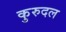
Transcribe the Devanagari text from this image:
कुरुदल